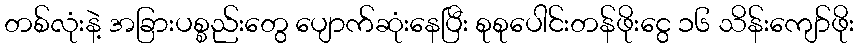
တစ်လုံးနဲ့ အခြားပစ္စည်းတွေ ပျောက်ဆုံးနေပြီး စုစုပေါင်းတန်ဖိုးငွေ ၁၆ သိန်းကျော်ဖိုး